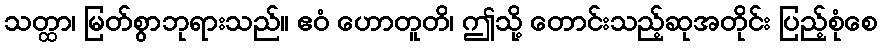
သတ္ထာ၊ မြတ်စွာဘုရားသည်။ ဧဝံ ဟောတူတိ၊ ဤသို့ တောင်းသည့်ဆုအတိုင်း ပြည့်စုံစေ